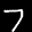
Label: 7